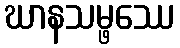
ဃာနသမ္ဖဿေ